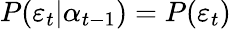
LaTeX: P(\varepsilon_{t}|\alpha_{t-1})=P(\varepsilon_{t})